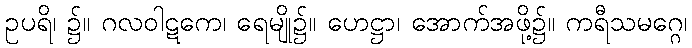
ဥပရိ၊ ၌။ ဂလဝါဋကေ၊ ရေမျို၌။ ဟေဋ္ဌာ၊ အောက်အဖို့၌။ ကရီသမဂ္ဂေ၊